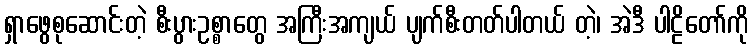
ရှာဖွေစုဆောင်းတဲ့ စီးပွားဥစ္စာတွေ အကြီးအကျယ် ပျက်စီးတတ်ပါတယ် တဲ့၊ အဲဒီ ပါဠိတော်ကို